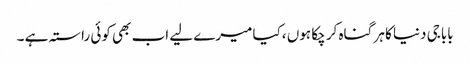
باباجی دنیا کا ہر گناہ کر چکا ہوں ،کیا میرے لیے اب بھی کوئی راستہ ہے ۔